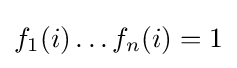
f_{1}(i)\dots f_{n}(i)=1